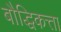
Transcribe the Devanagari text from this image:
बौद्धिकत्ता